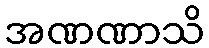
အဏဏာသိ